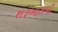
શરૂઆતમાઁ